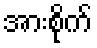
အားစိုက်